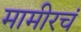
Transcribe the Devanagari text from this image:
मामीरचं